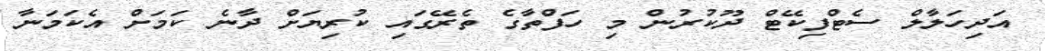
އަދިހަލާލް ސެޓްފިކޭޓް ދޫކުރުން މި ހަފްތާގެ ތެރޭގައި ކުރިޔަށް ދާނެ ކަމަށް އެކަމަނާ